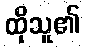
ထိုသူ၏